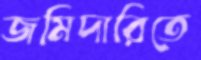
জমিদারিতে